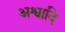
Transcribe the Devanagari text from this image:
अश्वादि